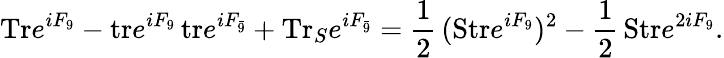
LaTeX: \mathrm{Tr}e^{iF_{9}}-\mathrm{tr}e^{iF_{9}}\, \mathrm{tr}e^{iF_{\bar{9}}}+\mathrm{Tr}_{S}e^{iF_{\bar{9}}}={\frac{1}{2}}\, (\mathrm{Str}e^{iF_{9}})^{2}-{\frac{1}{2}}\, \mathrm{Str}e^{2iF_{9}}.